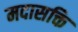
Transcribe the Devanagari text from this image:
मदासक्ति